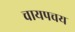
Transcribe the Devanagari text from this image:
चायपचय